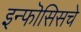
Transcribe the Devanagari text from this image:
इन्फॊसिसचे